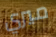
ميري